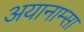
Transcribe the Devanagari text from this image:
अयानाम्सा